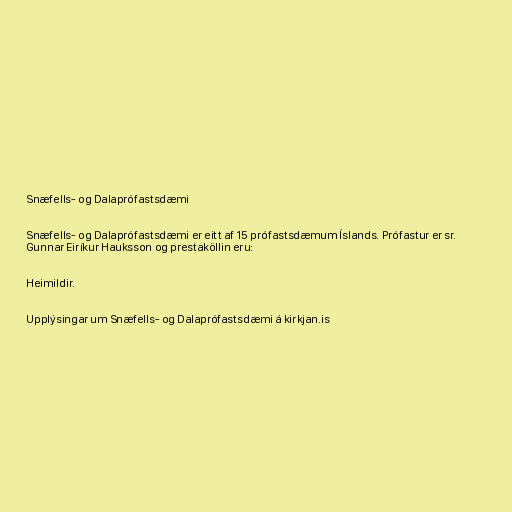
Snæfells- og Dalaprófastsdæmi

Snæfells- og Dalaprófastsdæmi er eitt af 15 prófastsdæmum Íslands. Prófastur er sr.
Gunnar Eiríkur Hauksson og prestaköllin eru:

Heimildir.

Upplýsingar um Snæfells- og Dalaprófastsdæmi á kirkjan.is